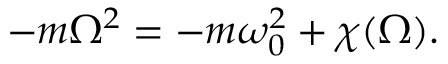
- m \Omega ^ { 2 } = - m \omega _ { 0 } ^ { 2 } + \chi ( \Omega ) .